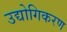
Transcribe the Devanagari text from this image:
उद्योगिकरण